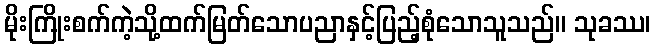
မိုးကြိုးစက်ကဲ့သို့ထက်မြတ်သောပညာနှင့်ပြည့်စုံသောသူသည်။ သုခဿ၊